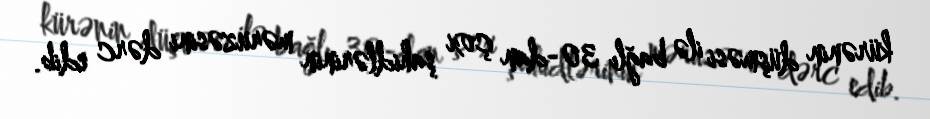
kürənin düşməsi ilə bağlı 30-dan çox şahidlərinin məruzəsini dərc edib.